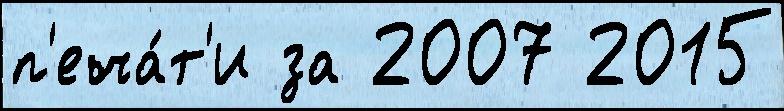
п'еча́т'и за 2007 2015